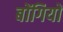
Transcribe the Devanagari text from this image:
बोंगियों